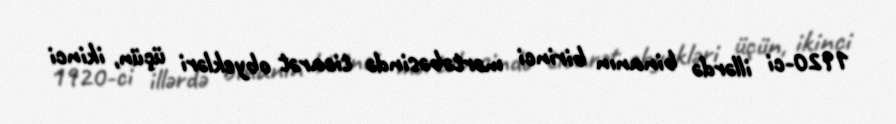
1920-ci illərdə binanın birinci mərtəbəsində ticarət obyekləri üçün, ikinci